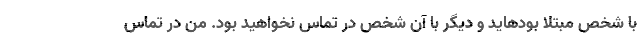
با شخص مبتلا بودهاید و دیگر با آن شخص در تماس نخواهید بود. من در تماس